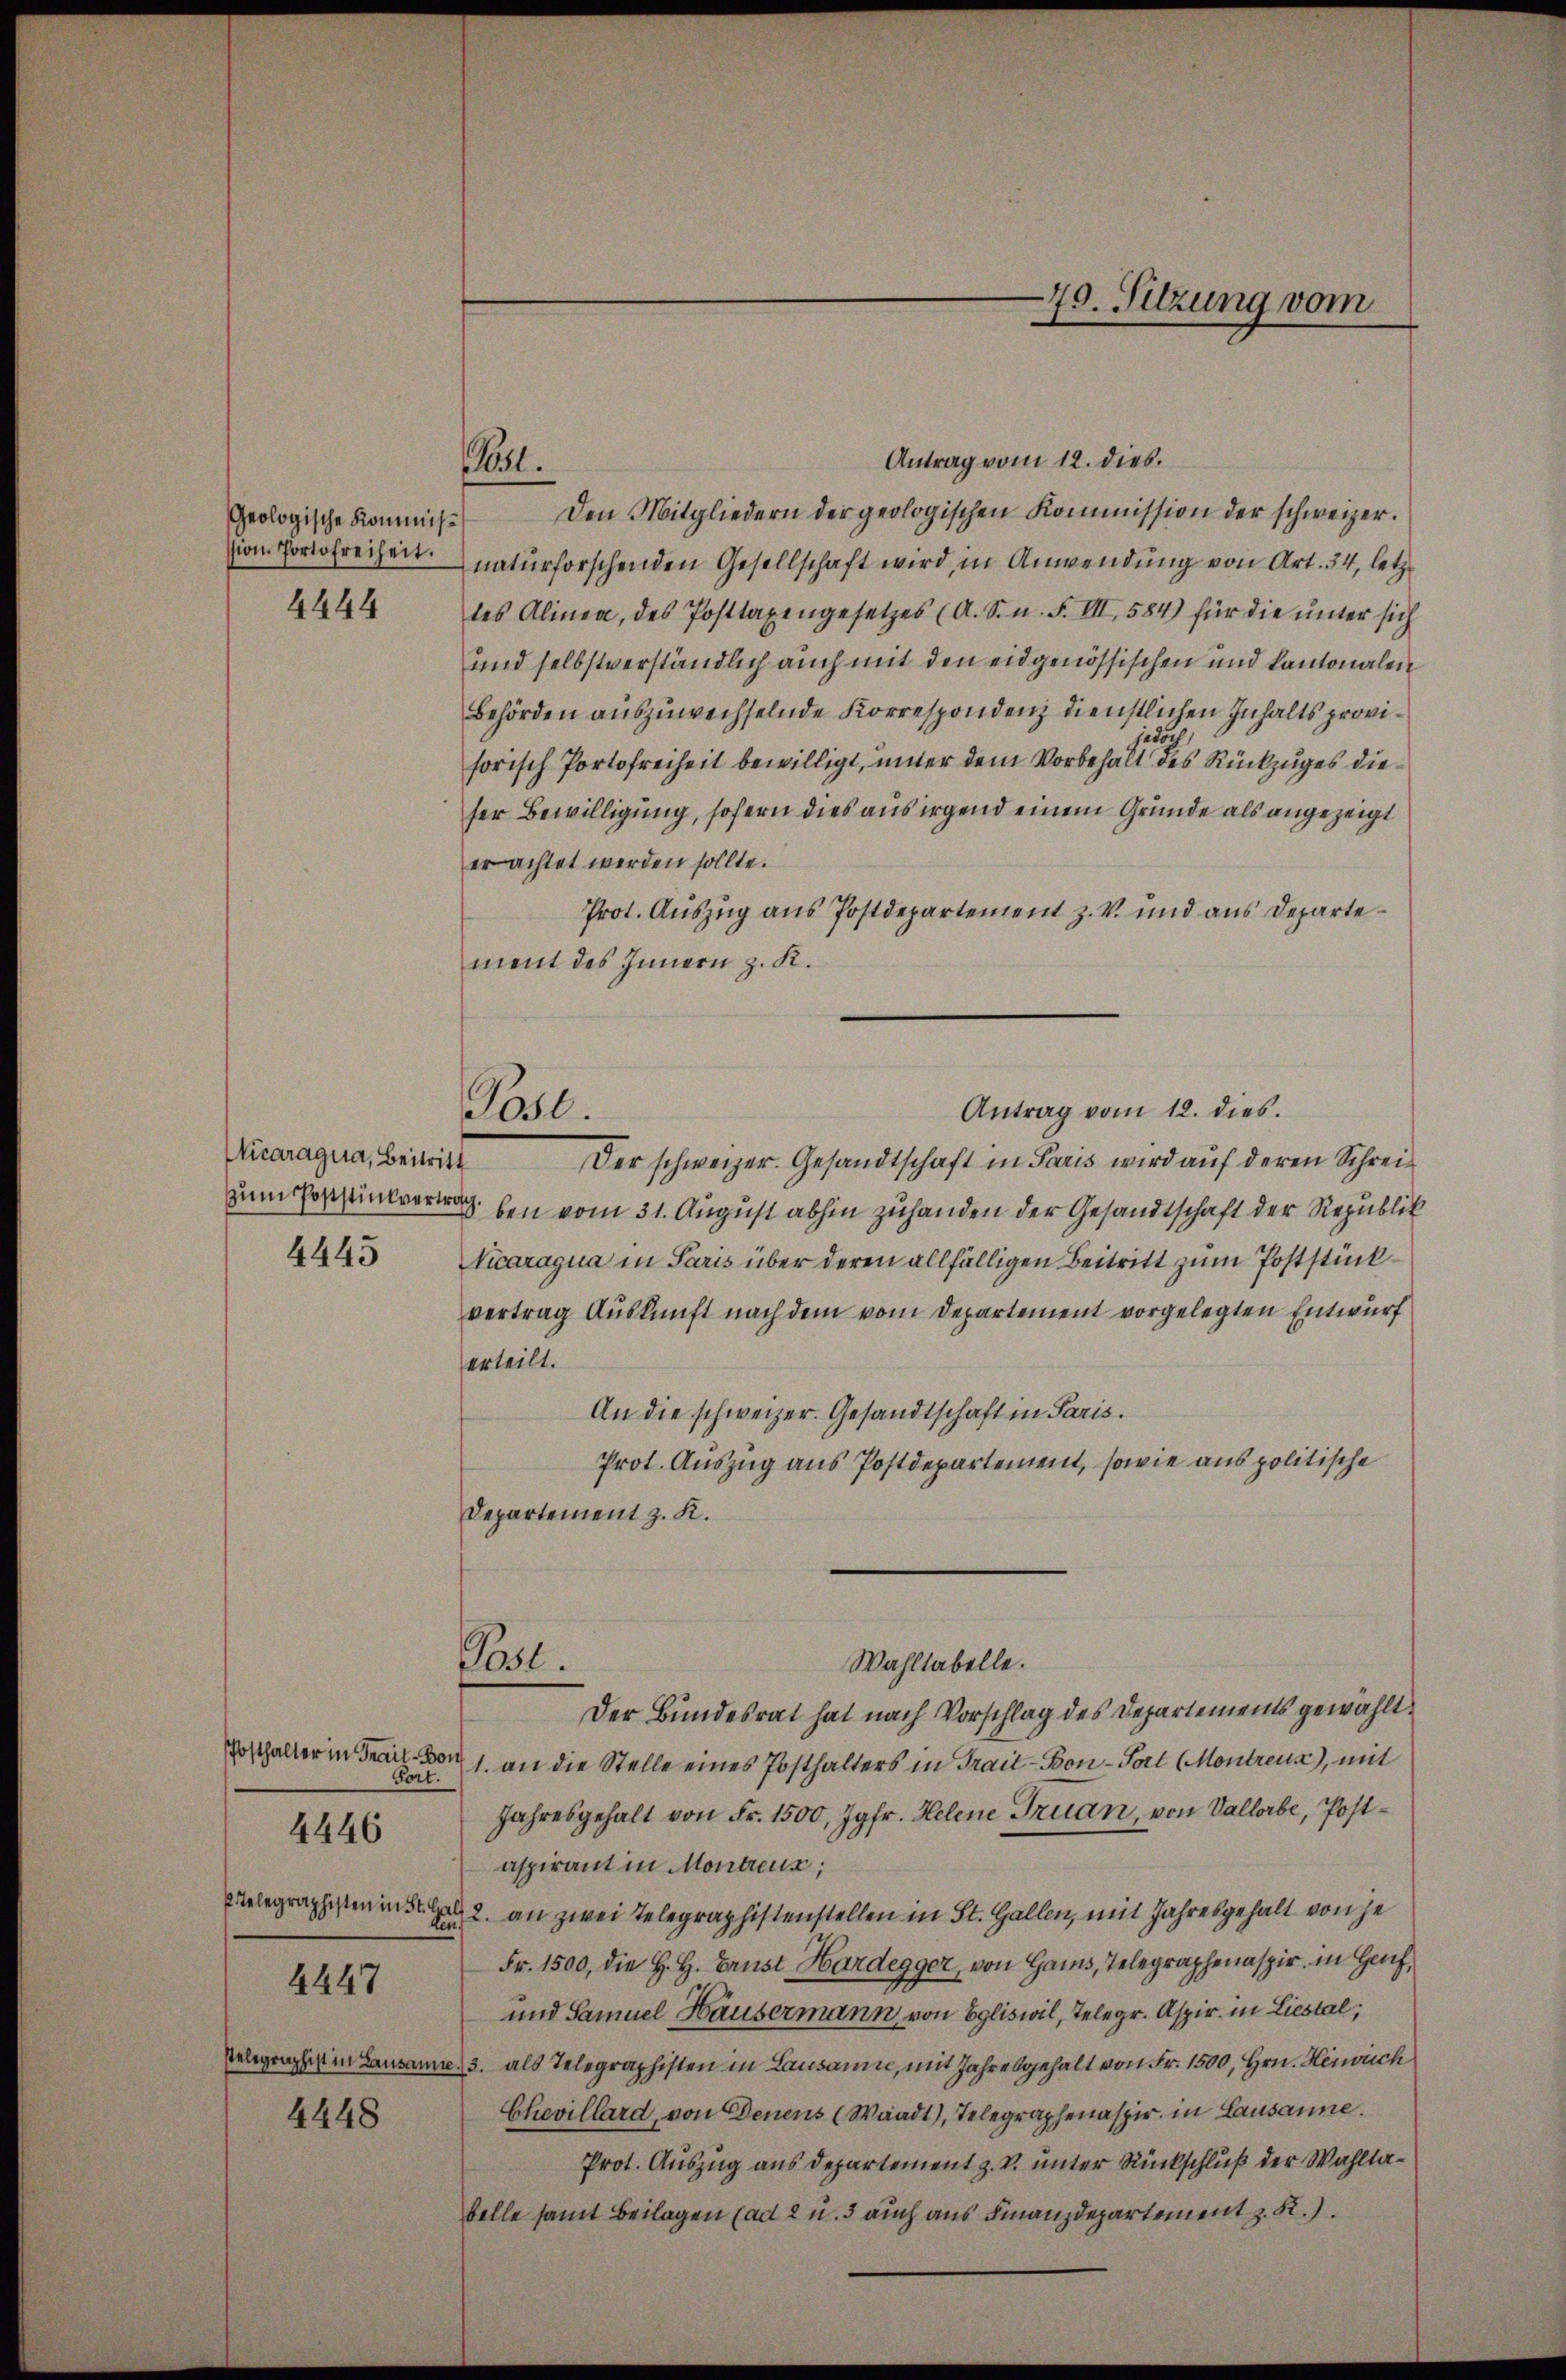
Geologische Kommis¬
4444

Vicaragua, Beitritt
4445

Port.
4447
4448

4446

Antrag vom 12. dies.
Den Mitgliedern der geologischen Kommission der schweizer.
ion Portofreiheit naturforschenden Gesellschaft wird, in Anwendung von Art. 34, letzt
tes Alinea, des Posttaxengesetzes (A. S. n. F. VII, 584) für die unter sich
und selbstverständlich auch mit den eidgenössischen und kantonalen
Behörden auszuwechselnde Korrespondenz dienstlichen Inhalts provi¬
12
sorisch Portofreiheit bewilligt, unter dem Vorbehalt des Rückzuges dieser Bewilligung, sofern dies aus irgend einem Gründe als angezeigt
erachtet werden sollte.
Prot. Auszug aus Postdepartement z. V. und aus Departement des Innern z. K.
Der schweizer. Gesandtschaft in Paris wird auf deren Schreizum Poststilvertrag ben vom 31. August abhin zuhanden der Gesandtschaft der Republik
Vicaragua in Paris über deren allfälligen Beitritt zum Poststückvertrag Auskunft nach dem vom Departement vorgelegten Entwurf
erteilt.
An die schweizer. Gesandtschaft in Paris.
Prot. Auszug aus Postdepartement, sowie aus politische
Departement z. K.
Past
Wahltabelle.
Der Bundesrat hat nach Vorschlag des Departements gewählt
Gosthalter in Frau 1. an die Stelle eines Posthalters in Trait-Bon-Fort (Montreux), mit
Jahresgehalt von Fr. 1500, Jgfr. Helene Truan, von Vallerbe, Postaspirant in Montreux;
Telegraphisten in St. Gal 2. an zwei Telegraphistenstellen in St. Gallen, mit Jahresgehalt von je¬
Fr. 1500, die H. H. Ernst Hardegger, von Gams, Telegraphenaspir, in Hanf,
und Samuel Häusermann von Egliswil, Telegr. Aspir. in Liestal,
Telegraphist in Lausanne, 3. als Telegraphisten in Lausanne, mit Jahresgehalt von Fr. 1500, Hrn. Heinrich
Chevillard, von Denens (Waadt, Telegraphenaspir in Lausanne.
Prot. Auszug aus Departement z. V. unter Rückschluß der Wahltabelle samt Beilagen (ad 2 u. 3 auch aus Finanzdepartement z. R.)

Post.

Pasl.

Antrag vom 12. dies

70. Sitzung vom